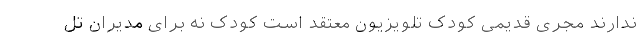
ندارند مجری قدیمی کودکِ تلویزیون معتقد است کودک نه برای مدیران تل